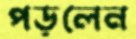
পড়লেন